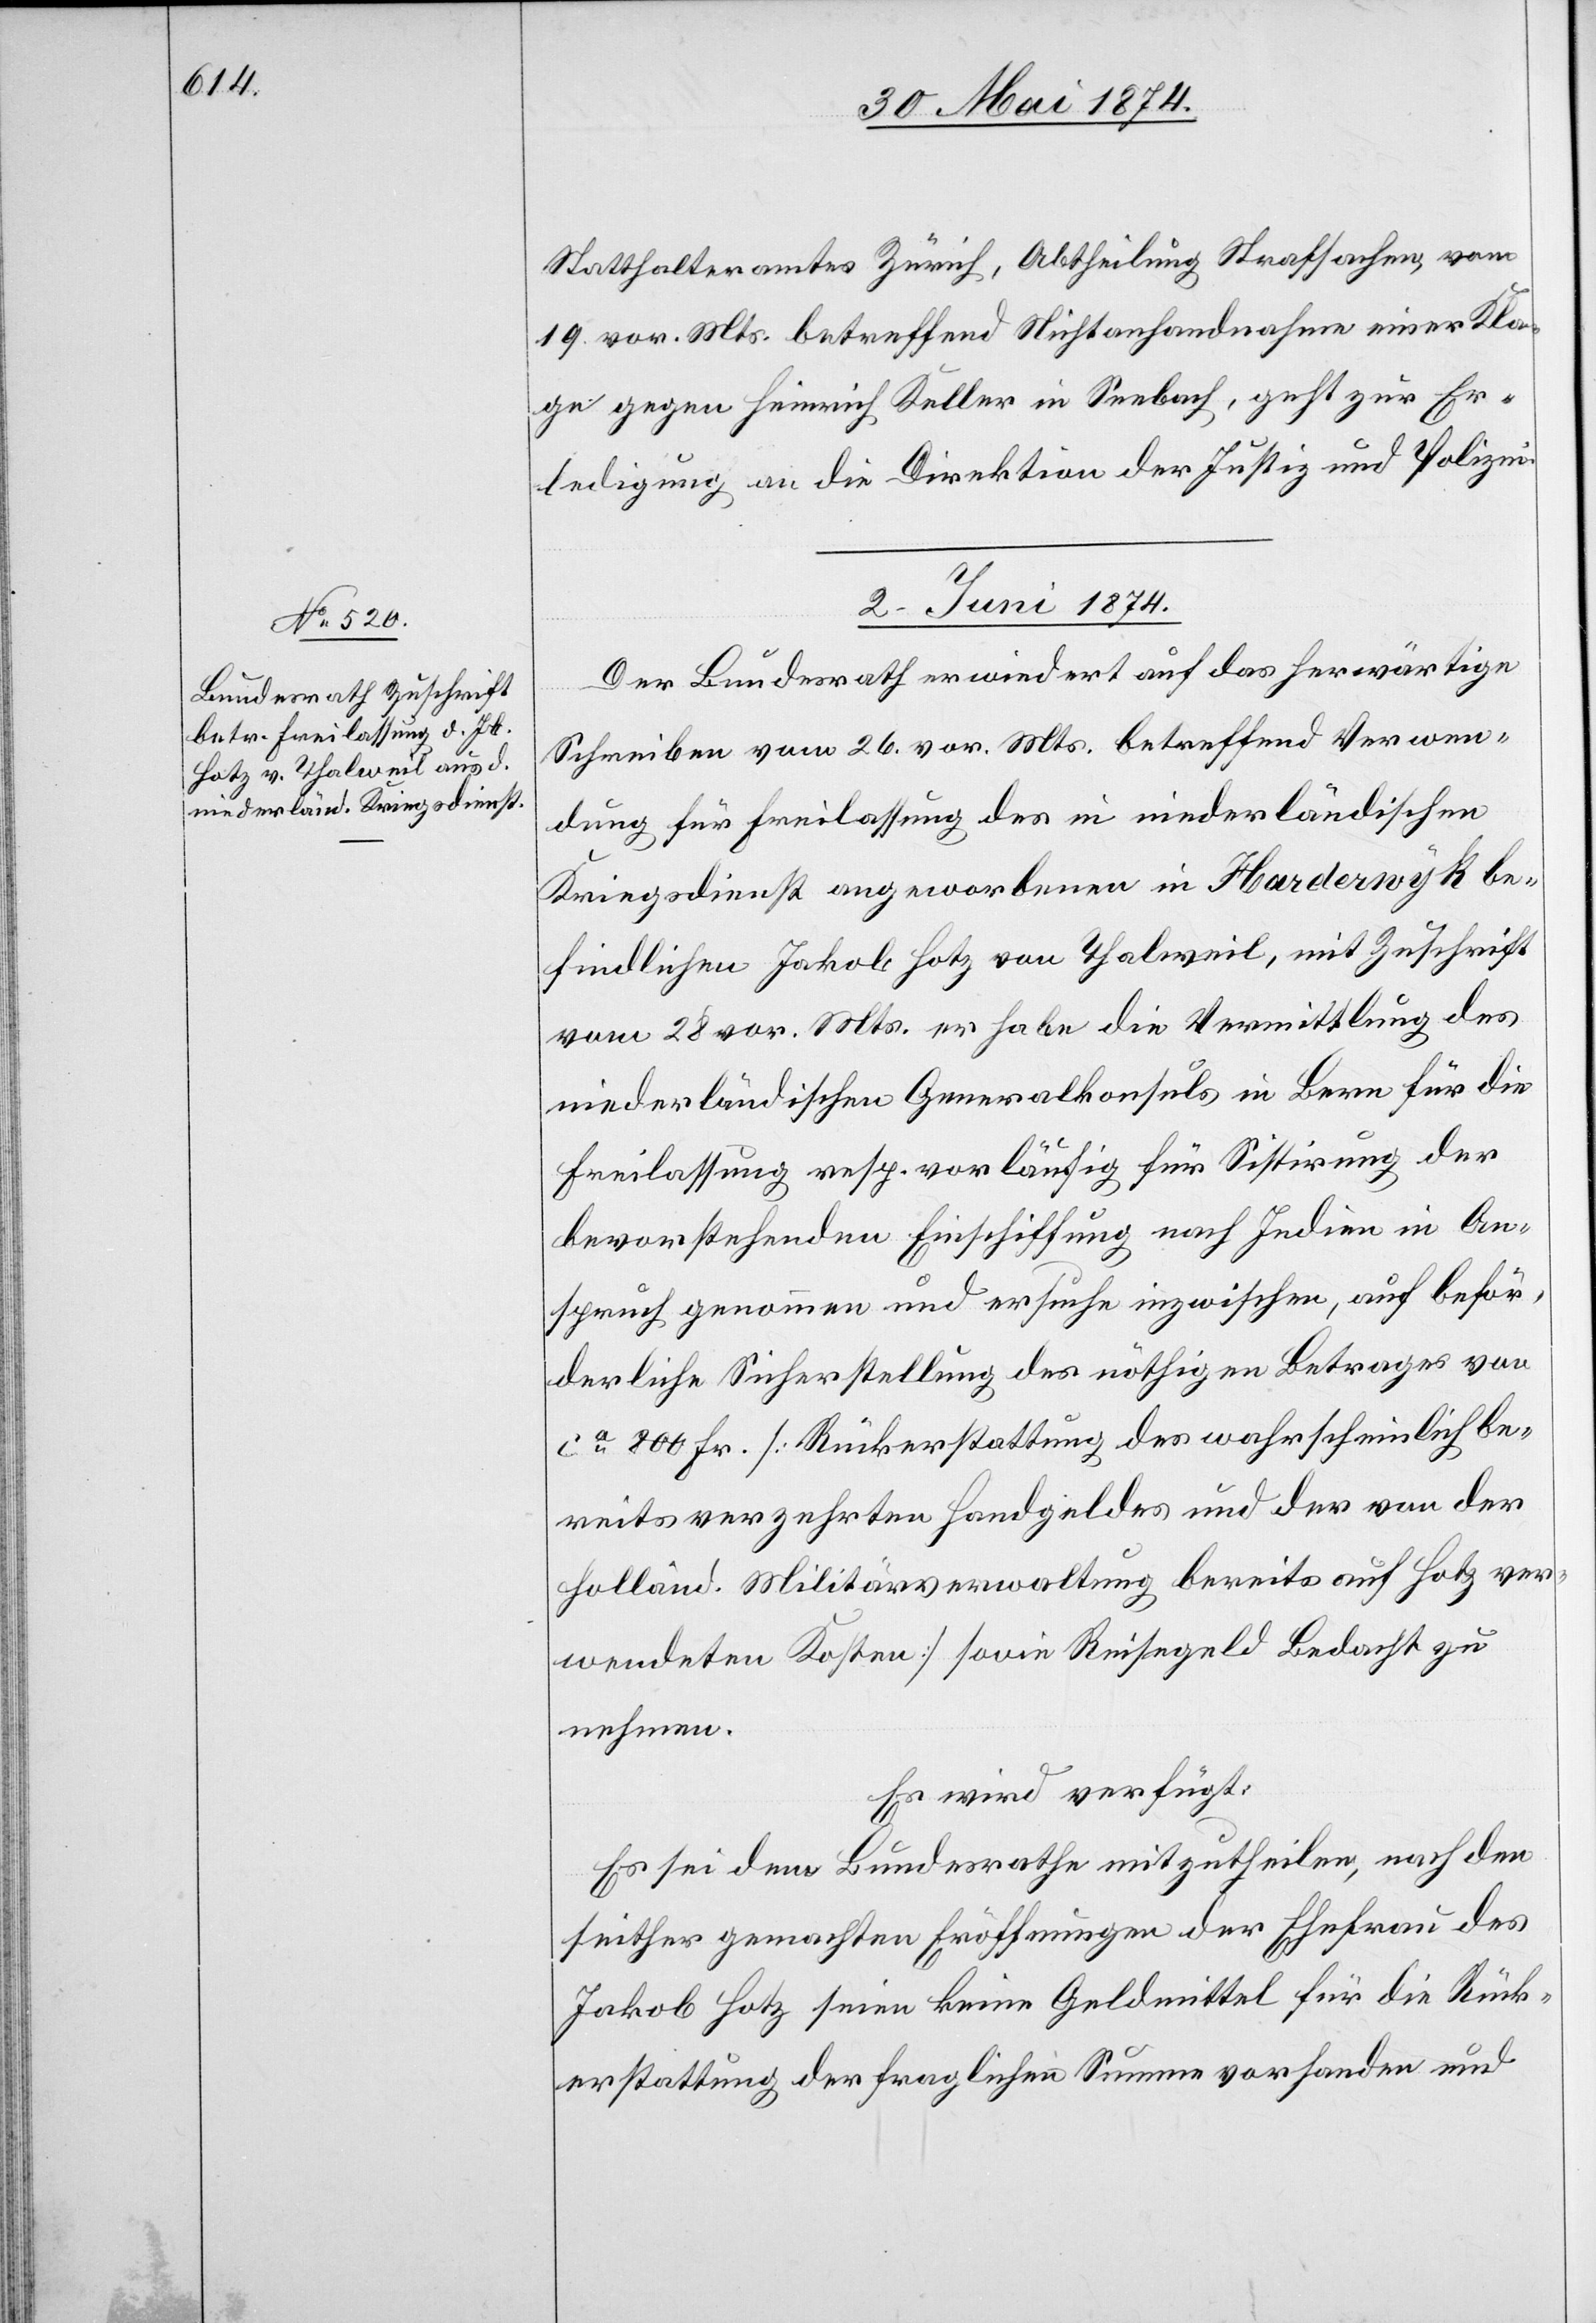
Statthalteramtes Zürich, Abtheilung Strafsachen, vom
19. vor. Mts. betreffend Nichtanhandnahme einer Kla¬
ge gegen Heinrich Keller in Seebach, geht zur Er¬
ledigung an die Direktion der Justiz und Polizei.
2. Juni 1874.
Der Bundesrath erwiedert auf das herwärtige
Schreiben vom 26. vor. Mts. betreffend Verwen¬
dung für Freilassung des in niederländischen
Kriegsdienst angeworbenen in Haderwyk be¬
findlichen Jakob Hotz von Thalweil, mit Zuschrift
vom 28. vor. Mts. er habe die Vermittlung des
niederländischen Generalkonsuls in Bern für die
Freilassung resp. vorläufig für Sistirung der
bevorstehenden Einschiffung nach Indien in An¬
spruch genommen und ersuche inzwischen, auf beför¬
derliche Sicherstellung des nöthigen Betrages von
ca 800 Fr. [Rückerstattung des wahrscheinlich be¬
reits verzehrten Handgeldes und der von der
holländ. Militärverwaltung bereits auf Hotz ver¬
wendeten Kosten] sowie Reisegeld Bedacht zu
nehmen.
Es wird verfügt:
Es sei dem Bundesrathe mitzutheilen, nach dem
seither gemachten Eröffnungen der Ehefrau des
Jakob Hotz seien keine Geldmittel für die Rück¬
erstattung der fraglichen Summe vorhanden und